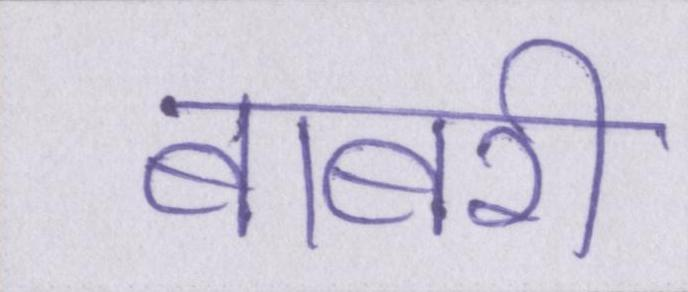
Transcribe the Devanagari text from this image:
बाबरी